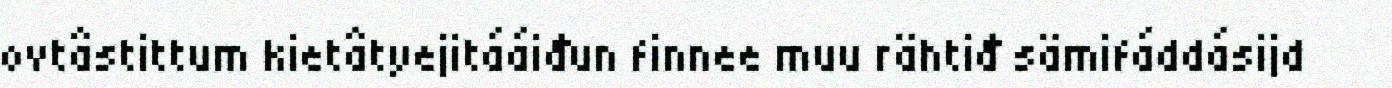
ovtâstittum kietâtyejitááiđun finnee muu rähtiđ sämifáddásijd